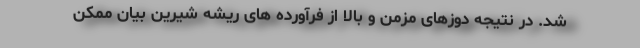
شد. در نتیجه دوزهای مزمن و بالا از فرآورده های ریشه شیرین بیان ممکن